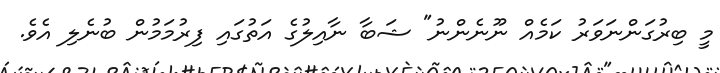
މީ ބިރުގަންނަވަރު ކަމެއް ނޫނެންނު" ޝަބާ ނާއިލުގެ އަތުގައި ފިރުމަމުން ބުނެލި އެވެ.